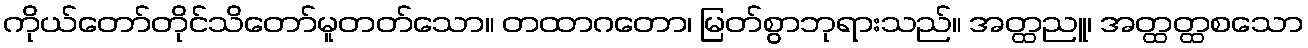
ကိုယ်တော်တိုင်သိတော်မူတတ်သော။ တထာဂတော၊ မြတ်စွာဘုရားသည်။ အတ္ထညူ၊ အတ္ထတ္ထစသော